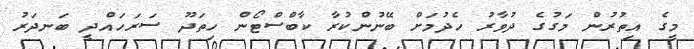
މީގެ އިތުރުން މަގުގެ ދުވާރު ހެދުމަށް ބޭނުންކުރާ ކާބްސްޓޯން ހިތަދޫ ސަރަހައްދީ ބަނދަރު